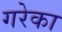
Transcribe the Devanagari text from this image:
गरेका